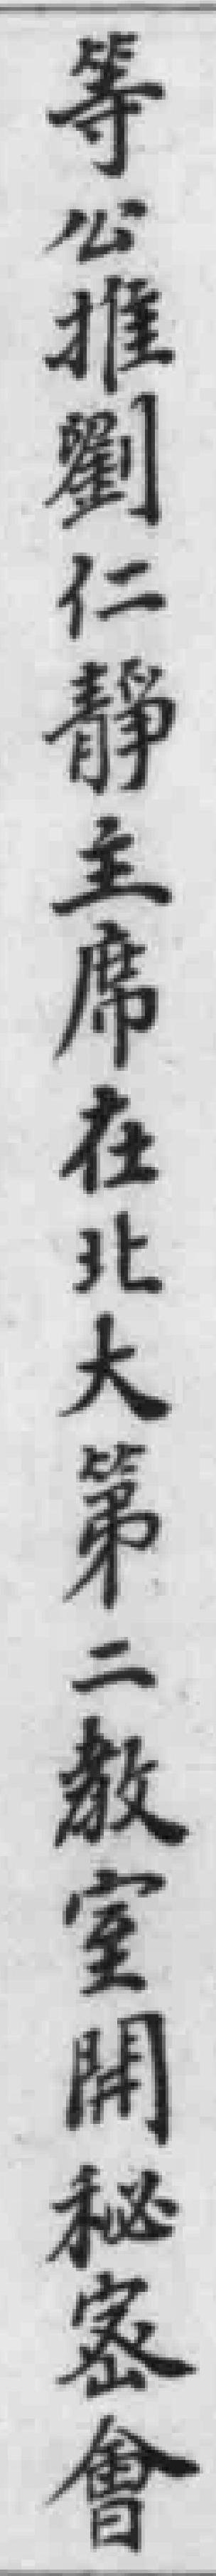
等公推劉仁静主席在北大第二教室開秘密會